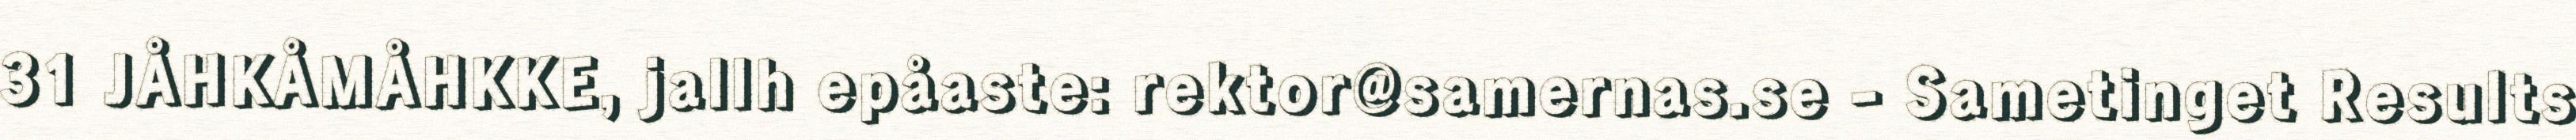
31 JÅHKÅMÅHKKE, jallh epåaste: rektor@samernas.se - Sametinget Results